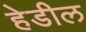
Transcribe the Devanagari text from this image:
हेडील